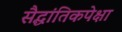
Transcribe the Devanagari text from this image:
सैद्धांतिकपेक्षा